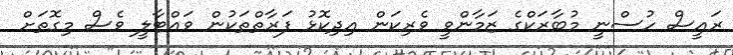
ރައީސް ހުސްނީ މުބާރަކްގެ ޒަމާންވީ ވެރިކަން އިދިކޮޅު ފަރާތްތަކުން ވައްޓާލީ ވެސް މިގޮތަށް